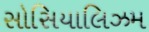
સોસિયાલિઝમ